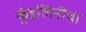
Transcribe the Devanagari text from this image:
कुंडलिनीचा